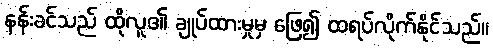
နန်းခင်သည် ထိုလူ၏ ချုပ်ထားမှုမှ ဖြေ၍ ထရပ်လိုက်နိုင်သည်။